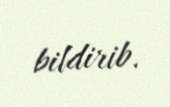
bildirib.